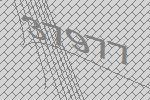
37977